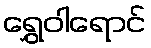
ရွှေဝါရောင်